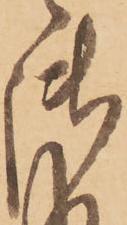
御